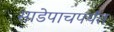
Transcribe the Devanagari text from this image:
साडेपाचपर्यंत